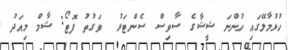
ހުޅުމާލޭގައި ހުންނަ ޝީޝާގެ ސާވިސް ސެންޓަރު  ވަގުތު ފޮޓޯ: ޝާމް މިއަދު